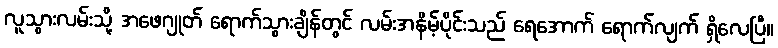
လူသွားလမ်းသို့ အဖေဂျုတ် ရောက်သွားချိန်တွင် လမ်းအနိမ့်ပိုင်းသည် ရေအောက် ရောက်လျက် ရှိလေပြီ။